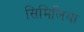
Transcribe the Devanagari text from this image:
सिमिलिया